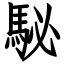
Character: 駜